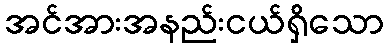
အင်အားအနည်းငယ်ရှိသော